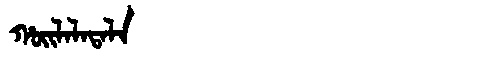
Manchu: ᡥᠣᡳᠯᠠᠯᠠᡨᠠᠯᠠ
Romanization: HOILALATALA